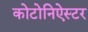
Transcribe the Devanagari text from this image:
कोटोनिऐस्टर